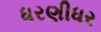
ધરણીધર